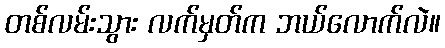
တစ်လမ်းသွား လက်မှတ်က ဘယ်လောက်လဲ။